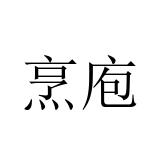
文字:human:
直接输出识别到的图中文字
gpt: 烹庖